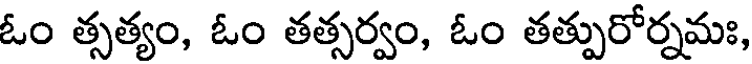
ఓం త్సత్యం, ఓం తత్సర్వం, ఓం తత్పురోర్నమః,